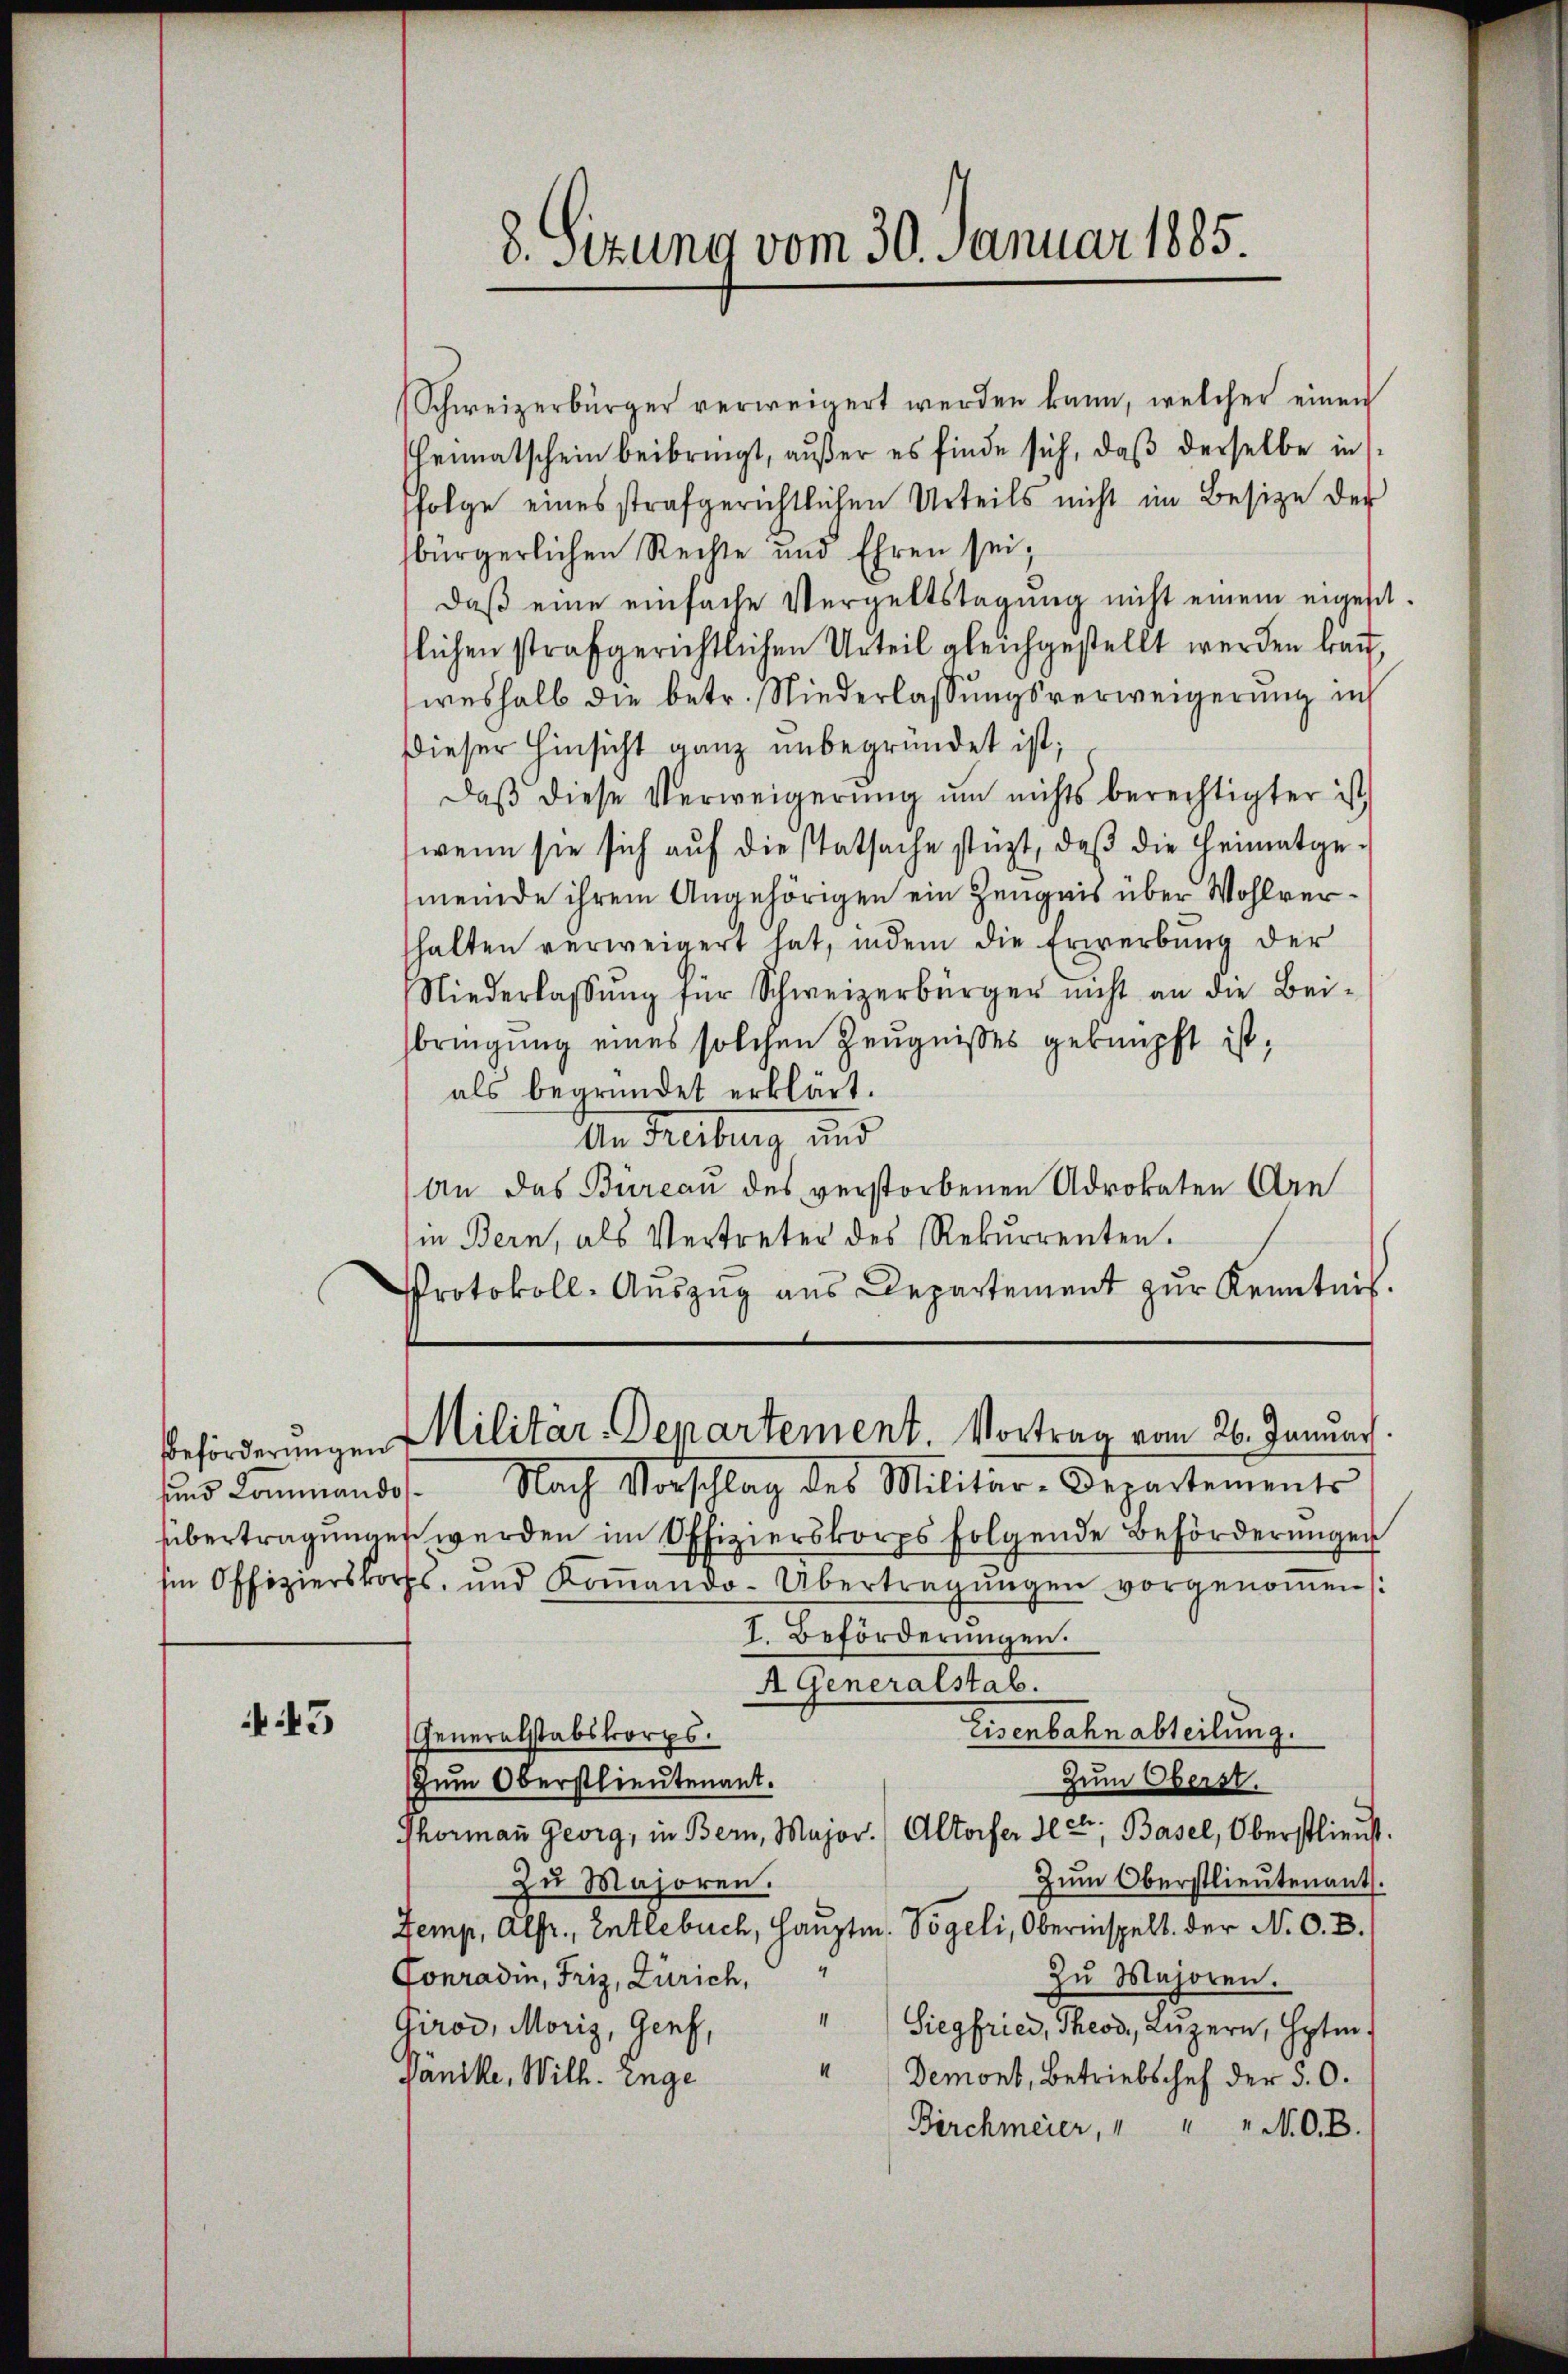
N 143

Schweizerbürger verweigert werden kann, welcher einen
Heimatschein beibringt, außer es finde sich, daß derselbe in
folge eines strafgerichtlichen Urteils nicht im Besize der
bürgerlichen Rechte und Ehren sei;
daß eine einfache Vergeltstagung nicht einem eigest.
flichen strafgerichtlichen Urteil gleichgestellt werden brauweshalb die betr. Niederlassungsverweigerung in
Dieser Hinsicht ganz unbegründet ist;
Daβ diese Verweigerung um nichts berechtigter ist,
wenn sie sich aŭf die statsache stüzt, daβ die Heimatge-
meinde ihrem Angehörigen ein Zeugnis über Wohlverfhalten verweigert hat, indem die Erwerbung der
Niederlassŭng für Schweizerbürger nicht an die Bei-
bringung eines solchen Zeugnisses geknüpft ist,
als begründet erklärt.
An Freibung, und
An das Büreau des verstorbenen Adrokaten Arn
in Bern, als Vertreter des Rekurrenten.
Protokoll-Auszug aus Departement zur Kenntnis.

8. Sizung vom 30. Januar 1885.

Beförderungen Militär-Departement. Vortrag vom 26. Januar

sind kommandos. Nach Vorschlag des Militär-Departements
übertragungen werden im Offizierskorps folgende Beförderungen
m Offizierskorps, und Koṁando-Übertragŭngen vorgenoṁen /:
I. Beförderŭngen.
A Generalstab.
Eisenbahn abteilung.
Generalstabskorps.
Zum Oberstlieutenant.
Zum Oberst.
Thormann Georg, in Bern, Major.) Altorfer Herr, Basel, Oberstlieut.
Zum Oberstlieutenant.
zu Majoren.
Jemp, Alfr., Entlebuch, Hauptm. Vögeli, Oberinspelt. der N. O. B.
Fonradin, Friz, Zürich,
Zu Majoren.
" Siegfried, Theod, Luzern, Hptm.
Girod, Moriz, Genf,
1
Päncke, Wilh. Enge
Demont, Betriebschef der 50.
Birchmeier, " " " N. O. B.